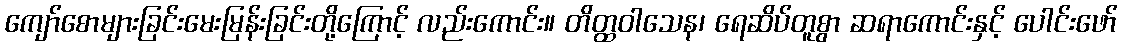
ကျော်စောများခြင်းမေးမြန်းခြင်းတို့ကြောင့် လည်းကောင်း။ တိတ္ထဝါသေန၊ ရေဆိပ်တူစွာ ဆရာကောင်းနှင့် ပေါင်းဖော်